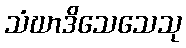
သံဃာဒိသေသေသု